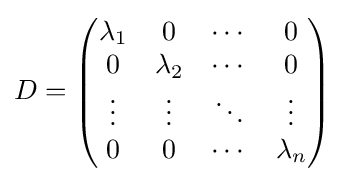
D={\begin{pmatrix}\lambda _{1}&0&\cdots &0\\0&\lambda _{2}&\cdots &0\\\vdots &\vdots &\ddots &\vdots \\0&0&\cdots &\lambda _{n}\end{pmatrix}}